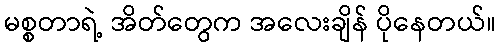
မစ္စတာရဲ့ အိတ်တွေက အလေးချိန် ပိုနေတယ်။